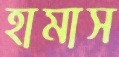
হামাস